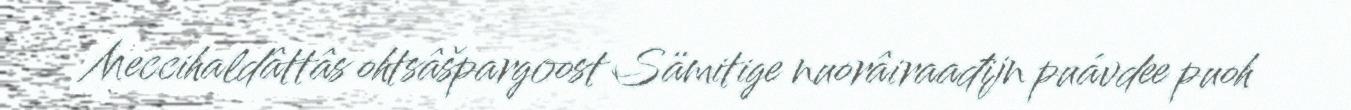
Meccihaldâttâs ohtsâšpargoost Sämitige nuorâiraađijn puávdee puoh